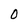
Character: 0